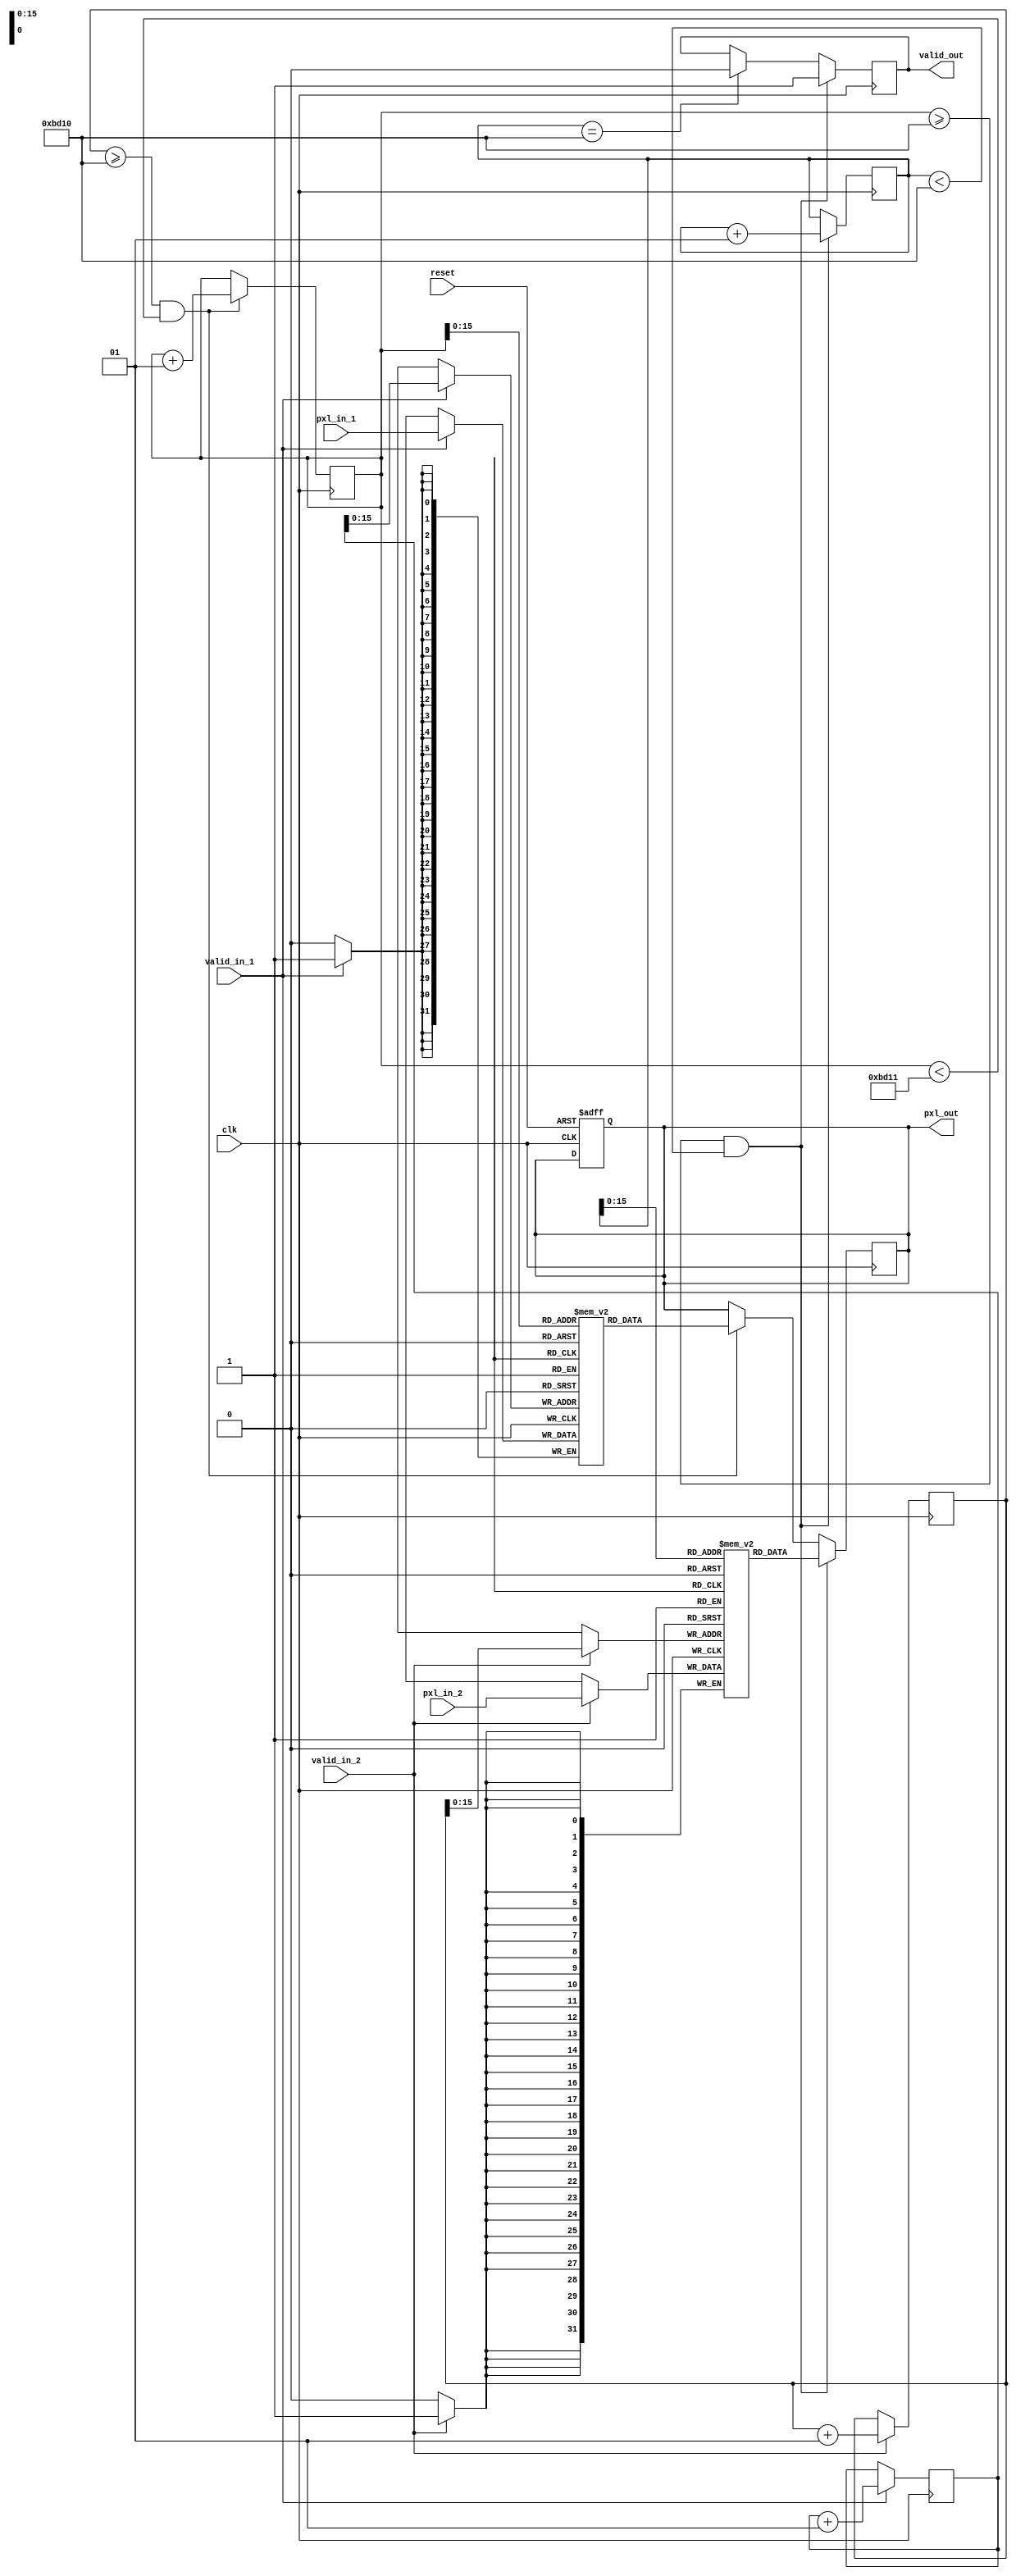
 module merge_2i
#(
  parameter D = 220,
  parameter C_1 = 1,
  parameter C_2 = 1,
  parameter DATA_WIDTH = 32
)
(
    	input clk,
     	input reset,
     	input valid_in_1,valid_in_2,
    	input [DATA_WIDTH-1:0] pxl_in_1,
    	input [DATA_WIDTH-1:0] pxl_in_2,
    	
    	output [DATA_WIDTH-1:0] pxl_out,
	   output valid_out
	 );
   parameter T_1 = D * D * C_1;
	 parameter T_2 = D * D * C_2;
	 
	 reg [DATA_WIDTH-1:0]memory_1[T_1:0];
	 reg [DATA_WIDTH-1:0]memory_2[T_2:0];
	 
	 integer i = 0;
   integer j = 0;
   
   integer g = 0;
   integer h = 0;
   
   reg [DATA_WIDTH-1:0] tmp;
   reg tmp_valid = 0;
   
	 always @(posedge clk, posedge reset) begin
	   if(reset)begin
	     tmp = 0;
	     end
	   end 
	   
	   always @(posedge clk) begin
	   if(valid_in_1)begin
	     memory_1[i] = pxl_in_1;
	     i <= i + 1;
	     end
	   if(valid_in_2)begin
	     memory_2[j] = pxl_in_2;
	     j <= j + 1;
	     end  
	   end 
	   
	   always @(posedge clk) begin
	   if(j >= T_2 && g < T_1 + 1)begin
	     tmp <= memory_1[g];
	     tmp_valid <= 1;
	     g <= g+1;
	     end 
	    if(g >= T_1 && h < T_2)begin
	      tmp <= memory_2[h];
	      tmp_valid <= 1;
	       h <= h+1;
	      end
	    else if(h == T_2) tmp_valid = 0;
	   end
	   
	   assign pxl_out = tmp;
	   assign valid_out = tmp_valid;

	   endmodule